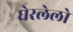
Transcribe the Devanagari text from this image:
घेरलेलो